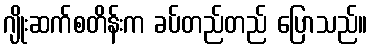
ဂျိုးဆက်စတိန်းက ခပ်တည်တည် ပြောသည်။